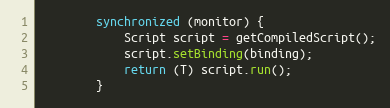
Language: Java
        synchronized (monitor) {
            Script script = getCompiledScript();
            script.setBinding(binding);
            return (T) script.run();
        }